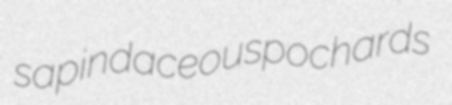
sapindaceous pochards